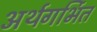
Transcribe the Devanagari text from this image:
अर्थगर्भित